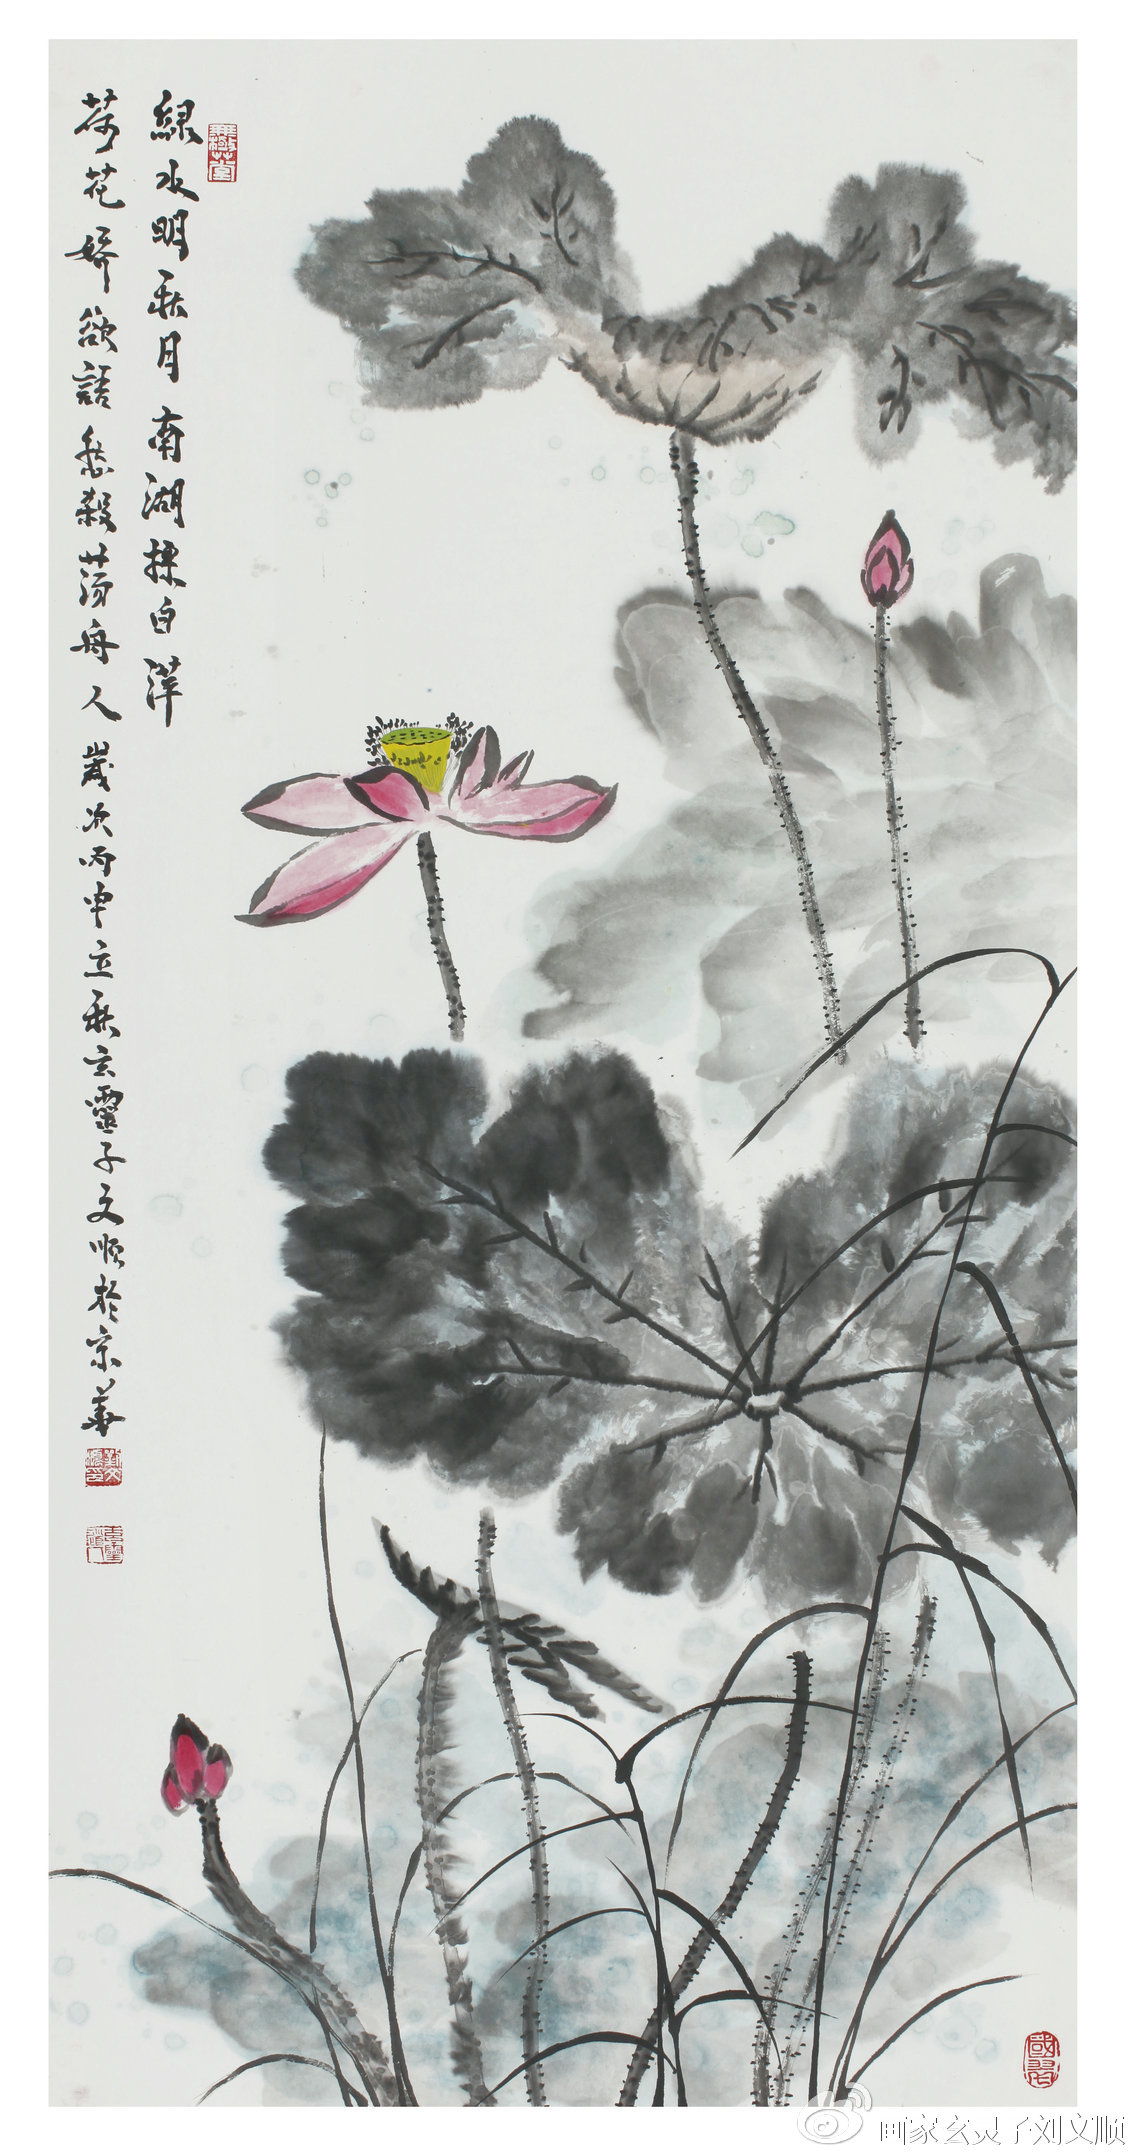
垂杨拂绿水，摇艳东风年。